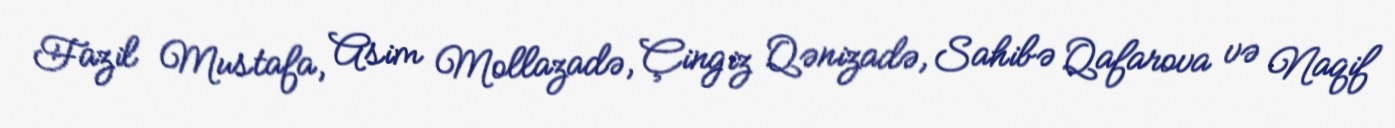
Fazil Mustafa, Asim Mollazadə, Çingiz Qənizadə, Sahibə Qafarova və Naqif